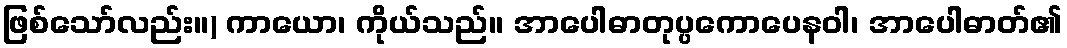
ဖြစ်သော်လည်း။) ကာယော၊ ကိုယ်သည်။ အာပေါဓာတုပ္ပကောပေနဝါ၊ အာပေါဓာတ်၏